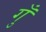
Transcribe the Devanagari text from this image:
गुँ